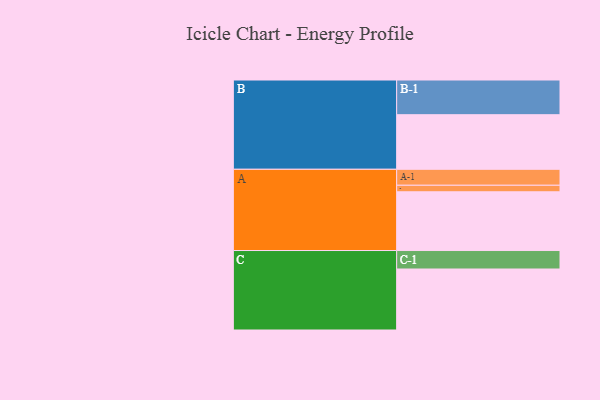
{"axis": {"x": "Segment", "y": "Value"}, "legend": ["", "A", "B", "C"], "data": [{"x": "A", "y": 467, "type": ""}, {"x": "B", "y": 434, "type": ""}, {"x": "C", "y": 485, "type": ""}, {"x": "A-1", "y": 127, "type": "A"}, {"x": "A-2", "y": 52, "type": "A"}, {"x": "B-1", "y": 276, "type": "B"}, {"x": "C-1", "y": 147, "type": "C"}]}